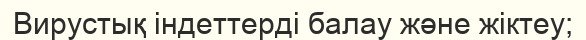
Вирустық індеттерді балау және жіктеу;